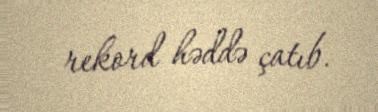
rekord həddə çatıb.